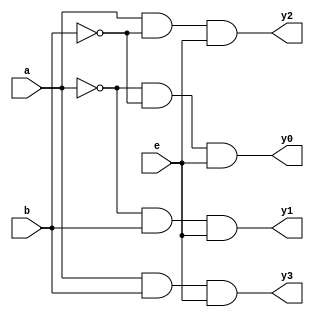
module as(y0,y1,y2,y3,a,b,e);
input a,b,e;
output y0,y1,y2,y3;
wire c,d;
not(c,a);
not(d,b);
and(y0,c,d,e);
and(y1,c,b,e);
and(y2,a,d,e);
and(y3,a,b,e);
endmodule

module testbench();
reg a,b,e;
wire y0,y1,y2,y3;
as aaa(y0,y1,y2,y3,a,b,e);
initial
begin
a=0;b=0;e=1;
#5 a=0;b=1;e=1;
#50 $finish;
end
endmodule